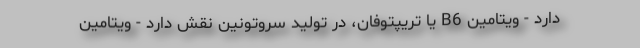
دارد - ویتامین B6 یا تریپتوفان، در تولید سروتونین نقش دارد - ویتامین